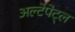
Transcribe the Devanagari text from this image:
अल्टेपेट्ल